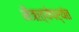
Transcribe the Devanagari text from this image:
नैऋत्येपर्यंत